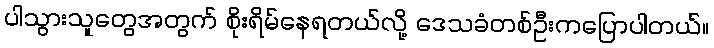
ပါသွားသူတွေအတွက် စိုးရိမ်နေရတယ်လို့ ဒေသခံတစ်ဦးကပြောပါတယ်။